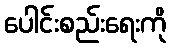
ပေါင်းစည်းရေးကို